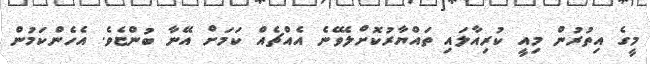
މީގެ އިތުރުން މިއީ ކުރިއާލައި ތައްޔާރުކޮށްލެވޭނެ އެއްޗެއް ކަމަށް އޭނާ ބުންޏެވެ. އެހެންކަމުން